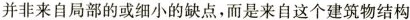
并非来自局部的或细小的缺点，而是来自这个建筑物结构